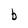
Character: b